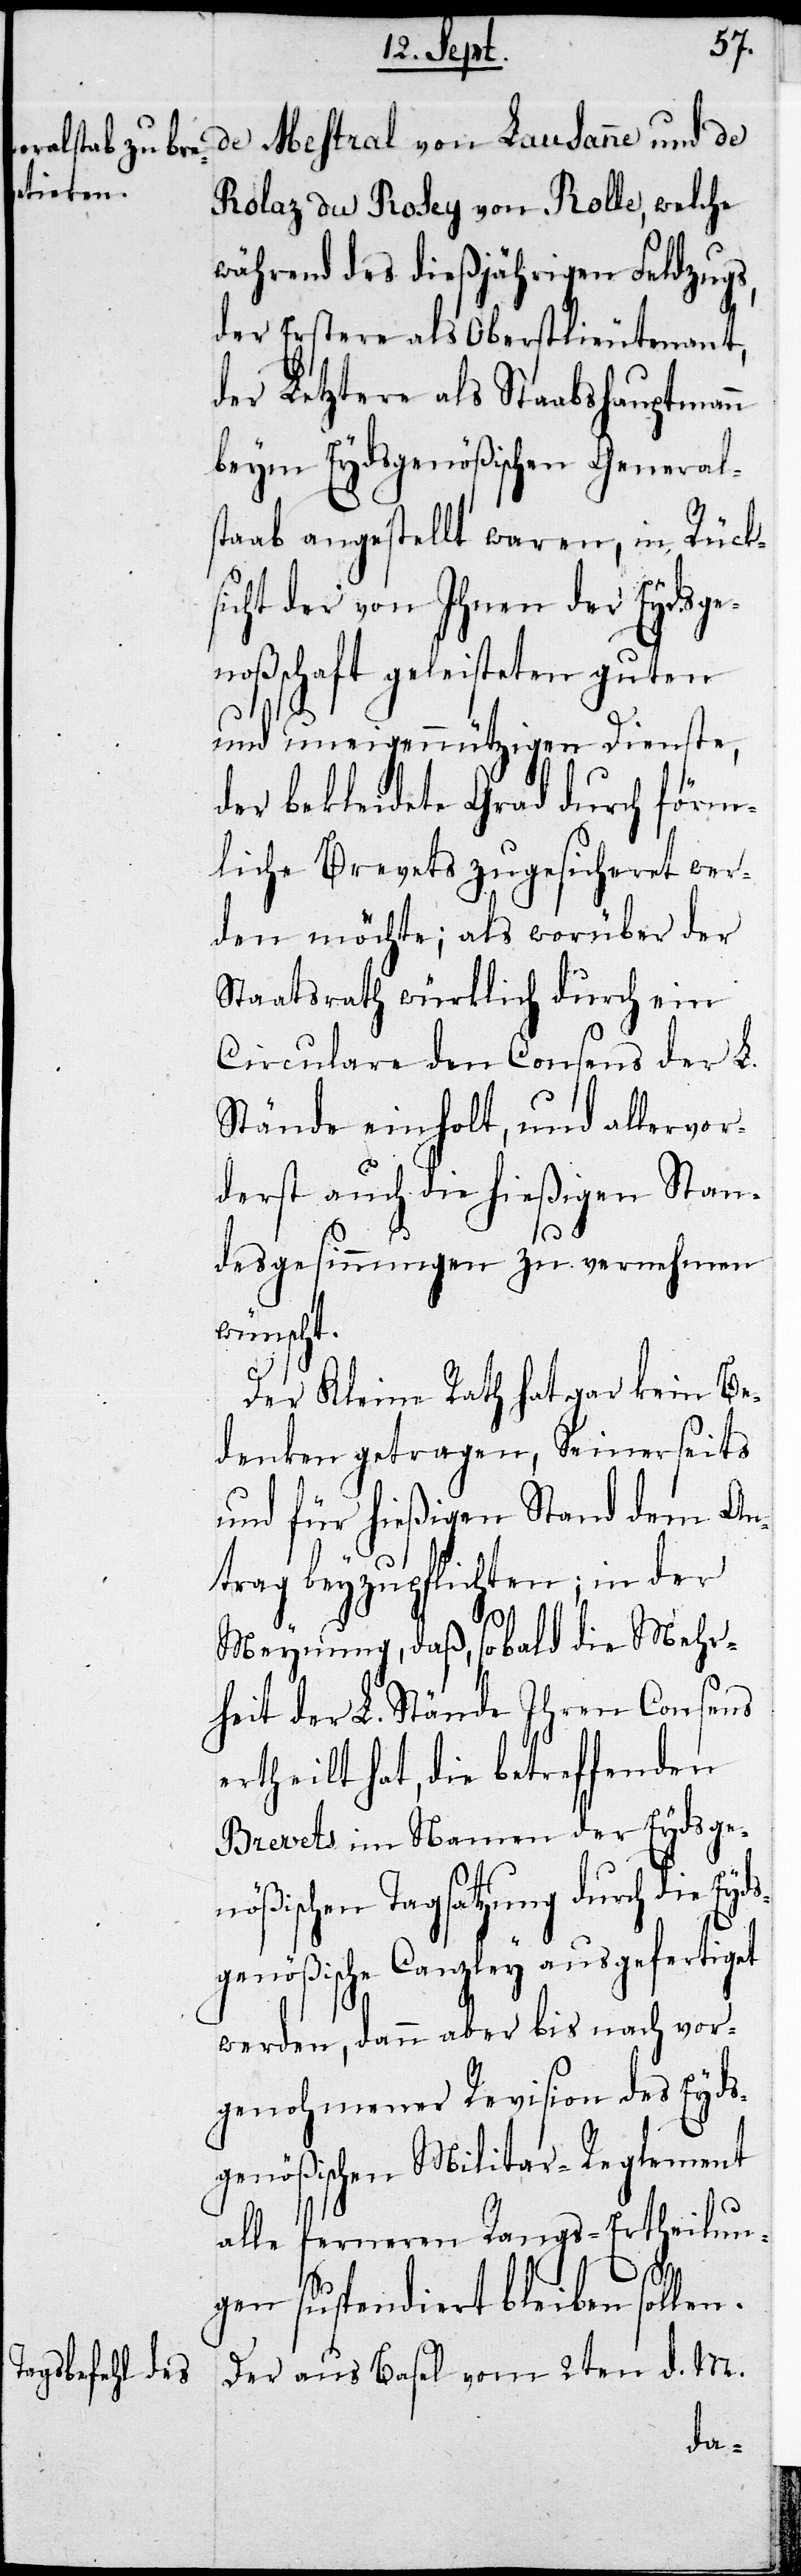
de Mestral von Lausanne und de
Rolaz du Rosey von Rolle, welche
während des dießjährigen Feldzugs,
der Erstere als Oberstlieutenant,
der Letztere als Staabshauptmann
beym Eydsgenößischen Generals¬
taab angestellt waren, in Rücks¬
icht der von Ihnen der Eydsge¬
noßenschaft geleisteten guten
und uneigennützigen Dienste,
der bekleidete Grad durch förm¬
liche Brevets zugesicheret wer¬
den möchte; als worüber der
Staatsrath würklich durch ein
Circulare den Consens der L.
Stände einholt, und allervor¬
derst auch die hießigen Stan¬
desgesinnungen zu vernehmen
wünscht.
Der Kleine Rath hat gar kein Be¬
denken getragen, Seinerseits
und für hießigen Stand dem An¬
trag beyzupflichten; in der
Meynung, daß, so bald die Mehr¬
heit der L. Stände Ihren Consens
ertheilt hat, die betreffenden
Brevets im Namen der Eydsge¬
nößischen Tagsatzung durch die
genößische Canzley ausgefertiget
werden, dann aber bis nach vor¬
genohmener Revision des Eyds¬
genößischen Militar-Reglement
alle ferneren Rangs-Ertheilun¬
Eyds¬
gen suspendiert bleiben sollen.
Der aus Basel vom 2ten d. M.